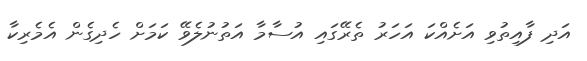
އަދި ފާއިތުވި އަށެއްކަ އަހަރު ތެރޭގައި އުސާމާ އަތުނުލެވޭ ކަމަށް ހެދިގެން އެމެރިކާ